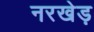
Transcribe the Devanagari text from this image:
नरखेड़